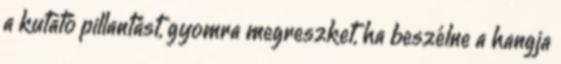
a kutató pillantást, gyomra megreszket, ha beszélne a hangja